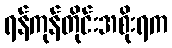
ရန်ကုန်တိုင်းအစိုးရက